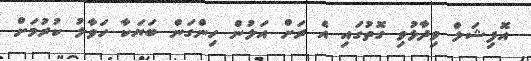
އޮފިޝަލް ވިދާޅުވި ގޮތުގައި އެ ރަށް އަލުން ހިންގަން ބަޔަކާ ހަވާލު ކުރުމަށް